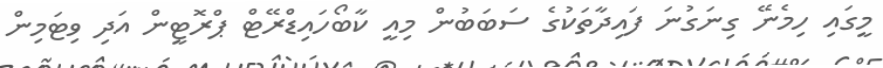
މީގައި ހިމެނޭ ގިނަގުނަ ފައިދާތަކުގެ ސަބަބުން މިއީ ކާބޯހައިޑްރޭޓް ޕްރޮޓީން އަދި ވިޓަމިން